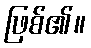
ဖြစ်၏။